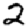
Digit: 2